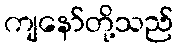
ကျနော်တို့သည်